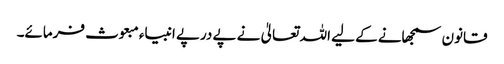
قانون سمجھانے کے لیے اللہ تعالیٰ نے پے درپے انبیاء مبعوث فرمائے۔